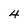
Character: 4